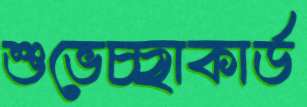
শুভেচ্ছাকার্ড